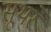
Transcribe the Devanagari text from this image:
सूथरे